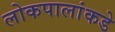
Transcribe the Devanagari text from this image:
लोकपालांकडे